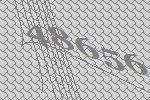
48656